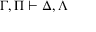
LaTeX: \Gamma , \Pi \vdash \Delta , \Lambda